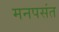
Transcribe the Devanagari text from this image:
मनपसंत